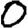
Digit: 0